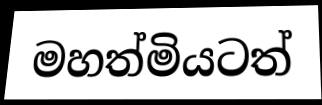
මහත්මියටත්